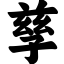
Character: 孳